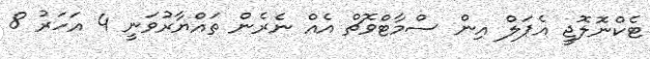
ޓެކްނޮލޮޖީ އެޕަލް އިން ސްމާޓްވޮޗް އެއް ނެރެން ތައްޔާރުވަނީ 4 އަހަރު 8